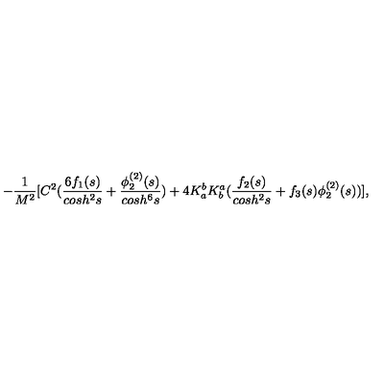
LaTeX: - \frac { 1 } { M ^ { 2 } } [ C ^ { 2 } ( \frac { 6 f _ { 1 } ( s ) } { c o s h ^ { 2 } s } + \frac { \phi _ { 2 } ^ { ( 2 ) } ( s ) } { c o s h ^ { 6 } s } ) + 4 K _ { a } ^ { b } K _ { b } ^ { a } ( \frac { f _ { 2 } ( s ) } { c o s h ^ { 2 } s } + f _ { 3 } ( s ) \phi _ { 2 } ^ { ( 2 ) } ( s ) ) ] ,